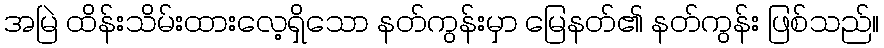
အမြဲ ထိန်းသိမ်းထားလေ့ရှိသော နတ်ကွန်းမှာ မြေနတ်၏ နတ်ကွန်း ဖြစ်သည်။